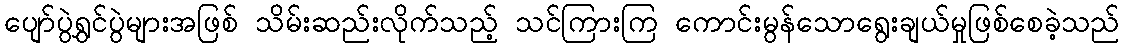
ပျော်ပွဲရွှင်ပွဲများအဖြစ် သိမ်းဆည်းလိုက်သည့် သင်ကြားကြ ကောင်းမွန်သောရွေးချယ်မှုဖြစ်စေခဲ့သည်